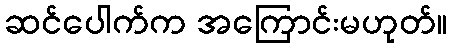
ဆင်ပေါက်က အကြောင်းမဟုတ်။